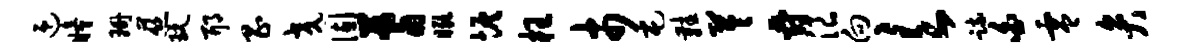
迎瞳珊慈玩耶昌交固蓍瞰恢枉市屯鞋苓爵浪向欠疏白零弁